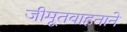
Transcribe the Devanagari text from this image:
जीमूतवाहनाने